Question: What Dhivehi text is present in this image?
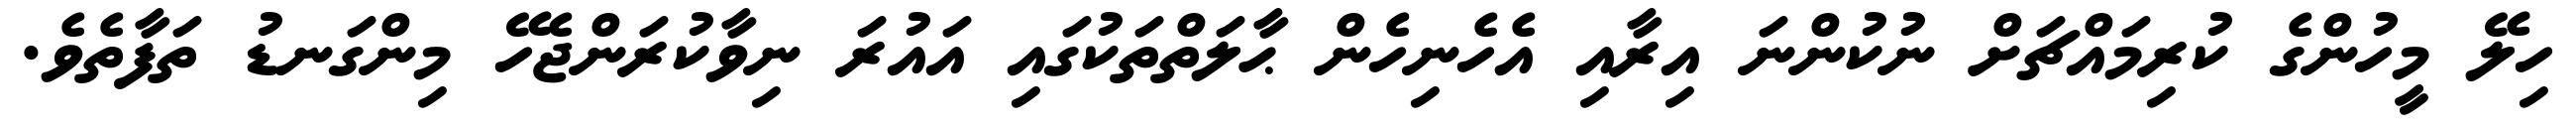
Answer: ހިލޭ މީހުންގެ ކުރިމައްޗަށް ނުކުންނަ އިރާއި އެހެނިހެން ޙާލަތްތަކުގައި އައުރަ ނިވާކުރަންޖެހޭ މިންގަނޑު ތަފާތެވެ.